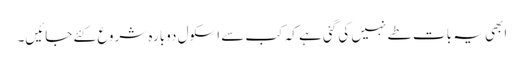
ابھی یہ بات طے نہیں کی گئی ہے کہ کب سے اسکول دوبارہ شروع کئے جائیں۔